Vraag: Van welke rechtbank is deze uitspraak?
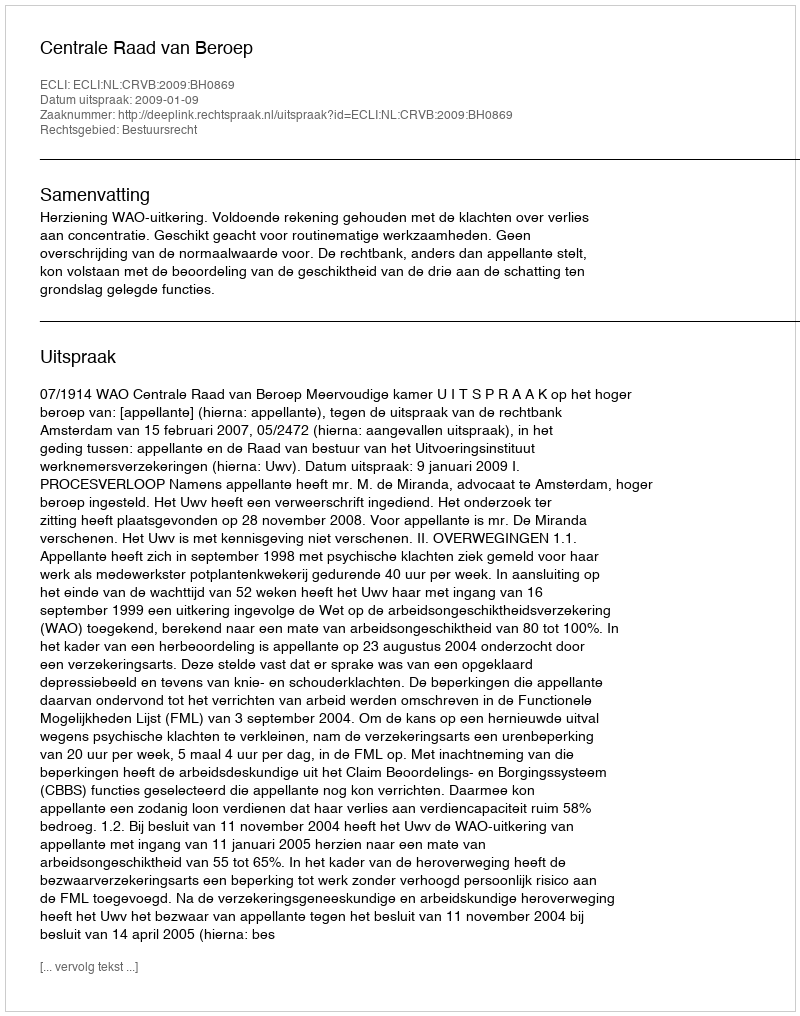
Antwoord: Centrale Raad van Beroep